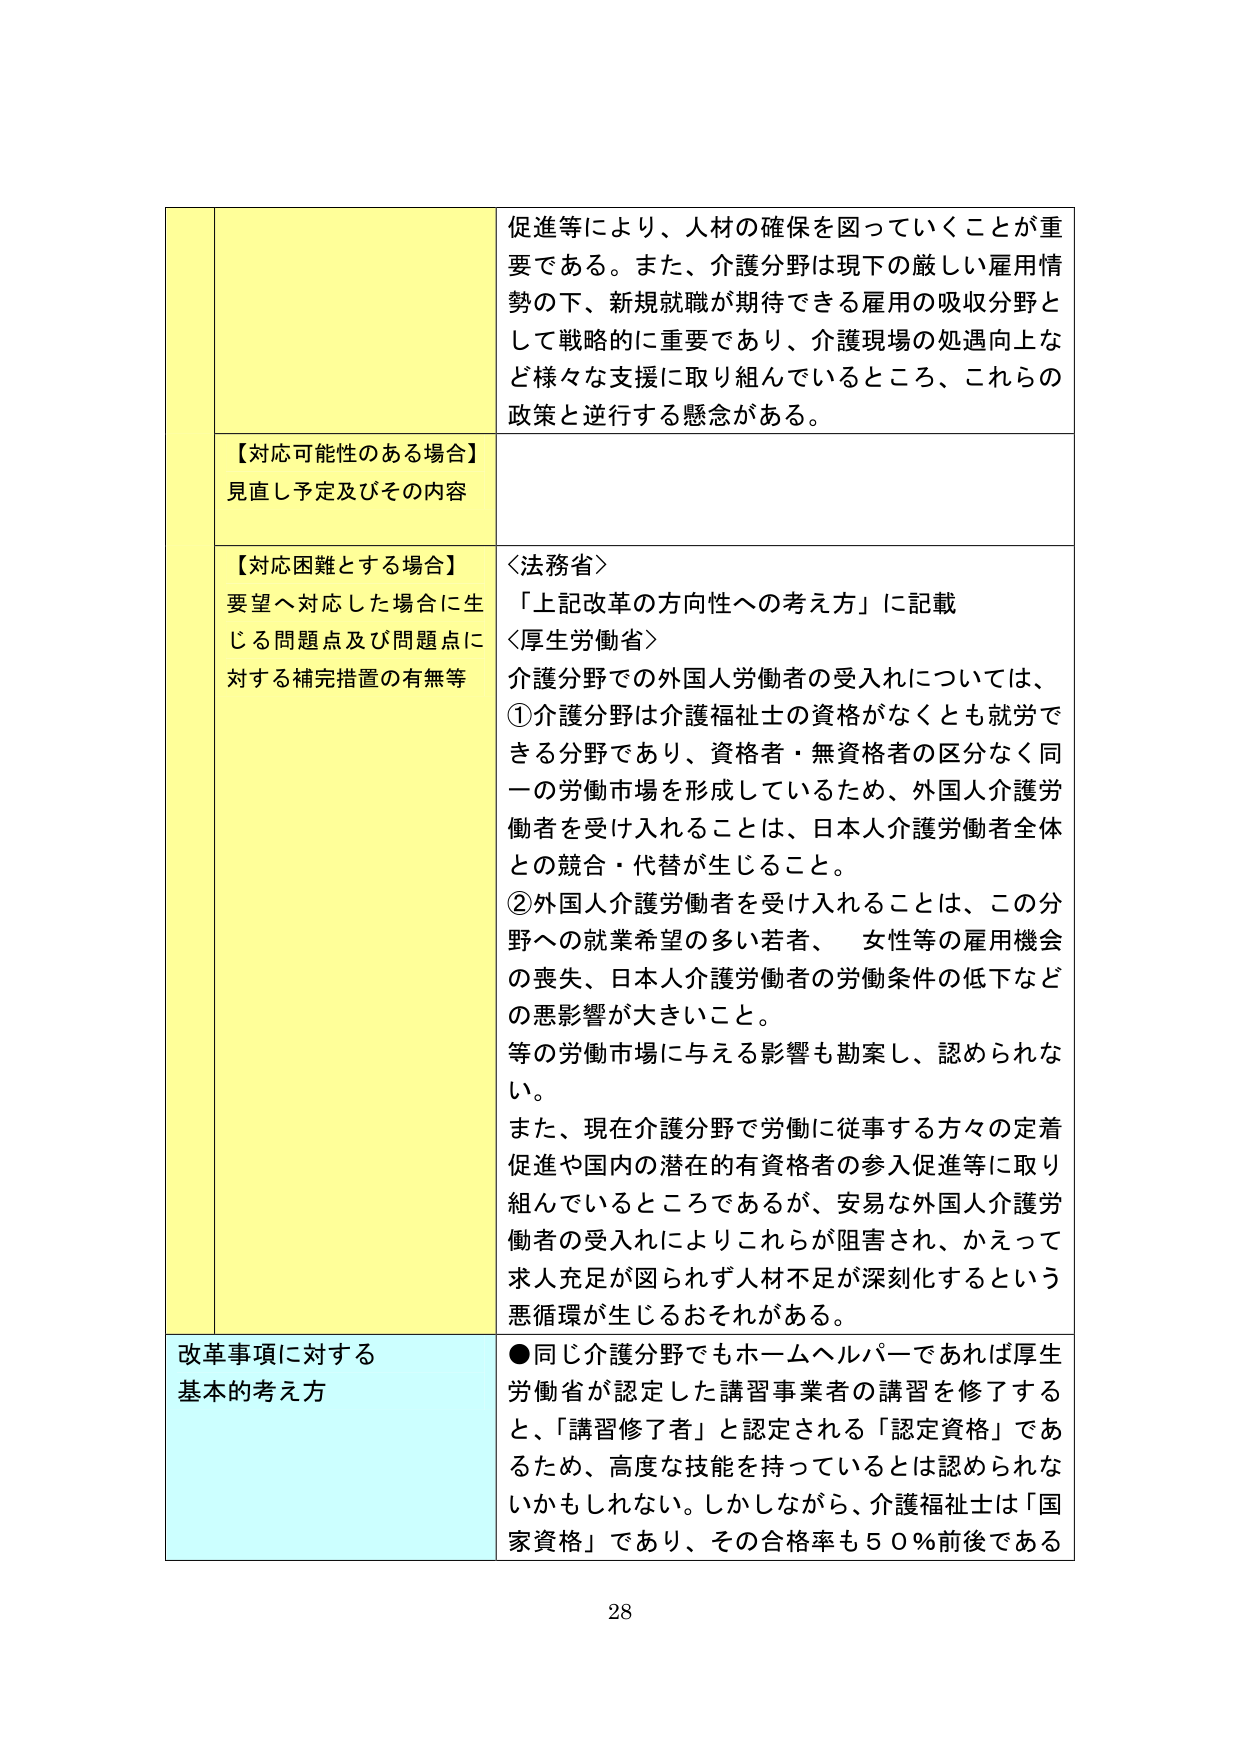
促進等により、人材の確保を図っていくことが重要である。また、介護分野は現下の厳しい雇用情勢の下、新規就職が期待できる雇用の吸収分野として戦略的に重要であり、介護現場の処遇向上など様々な支援に取り組んでいるところ、これらの政策と逆行する懸念がある。

【対応可能性のある場合】
見直し予定及びその内容

【対応困難とする場合】
要望へ対応した場合に生じる問題点及び問題点に対する補完措置の有無等

〈法務省〉
「上記改革の方向性への考え方」に記載

〈厚生労働省〉
介護分野での外国人労働者の受入れについては、
①介護分野は介護福祉士の資格がなくとも就労できる分野であり、資格者・無資格者の区分なく同一の労働市場を形成しているため、外国人介護労働者を受け入れることは、日本人介護労働者全体との競合・代替が生じること。
②外国人介護労働者を受け入れることは、この分野への就業希望の多い若者、女性等の雇用機会の喪失、日本人介護労働者の労働条件の低下などの悪影響が大きいこと。
等の労働市場に与える影響も勘案し、認められない。
また、現在介護分野で労働に従事する方々の定着促進や国内の潜在的有資格者の参入促進等に取り組んでいるところであるが、安易な外国人介護労働者の受入れによりこれらが阻害され、かえって求人充足が図られず人材不足が深刻化するという悪循環が生じるおそれがある。

改革事項に対する
基本的考え方

●同じ介護分野でもホームヘルパーであれば厚生労働省が認定した講習事業者の講習を修了すると、「講習修了者」と認定される「認定資格」であるため、高度な技能を持っているとは認められないかもしれない。しかしながら、介護福祉士は「国家資格」であり、その合格率も５０％前後である

28